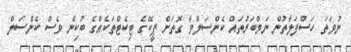
ނުވަތަ ހަސްފަލާތުން ނަމްބަރުތައް ކެންސަލްވާ ގޮތަށް ޕީކޭގެ ޓިކެޓްތަކެއްގެ ބުކިން ވެސް ކެންސަލް